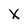
Character: X